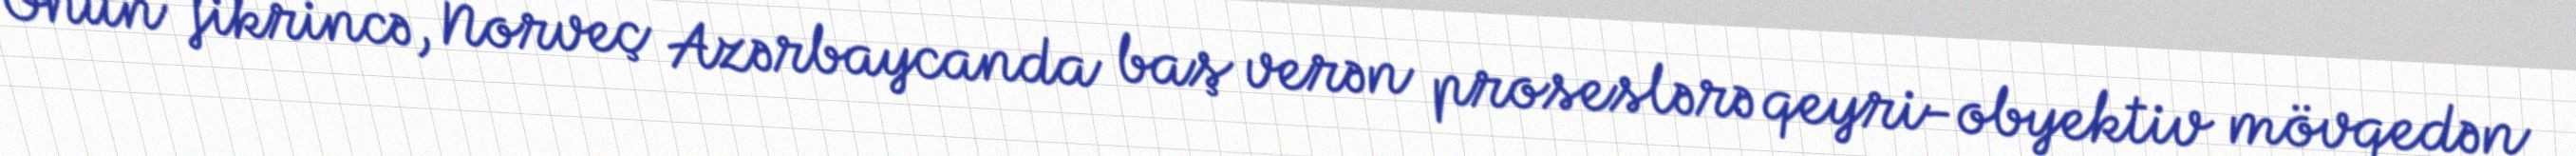
Onun fikrincə, Norveç Azərbaycanda baş verən proseslərə qeyri-obyektiv mövqedən